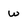
Character: w